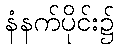
နံနက်ပိုင်း၌